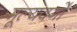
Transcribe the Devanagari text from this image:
मूल्यवर्गो